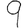
Digit: 9